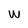
Character: W